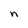
Character: n